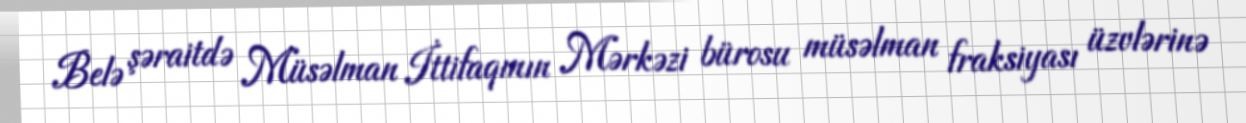
Belə şəraitdə Müsəlman İttifaqının Mərkəzi bürosu müsəlman fraksiyası üzvlərinə